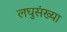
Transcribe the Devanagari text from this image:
लघुसंख्या